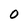
Character: 0